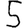
Digit: 5